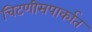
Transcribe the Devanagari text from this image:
चिटणीसपार्कात